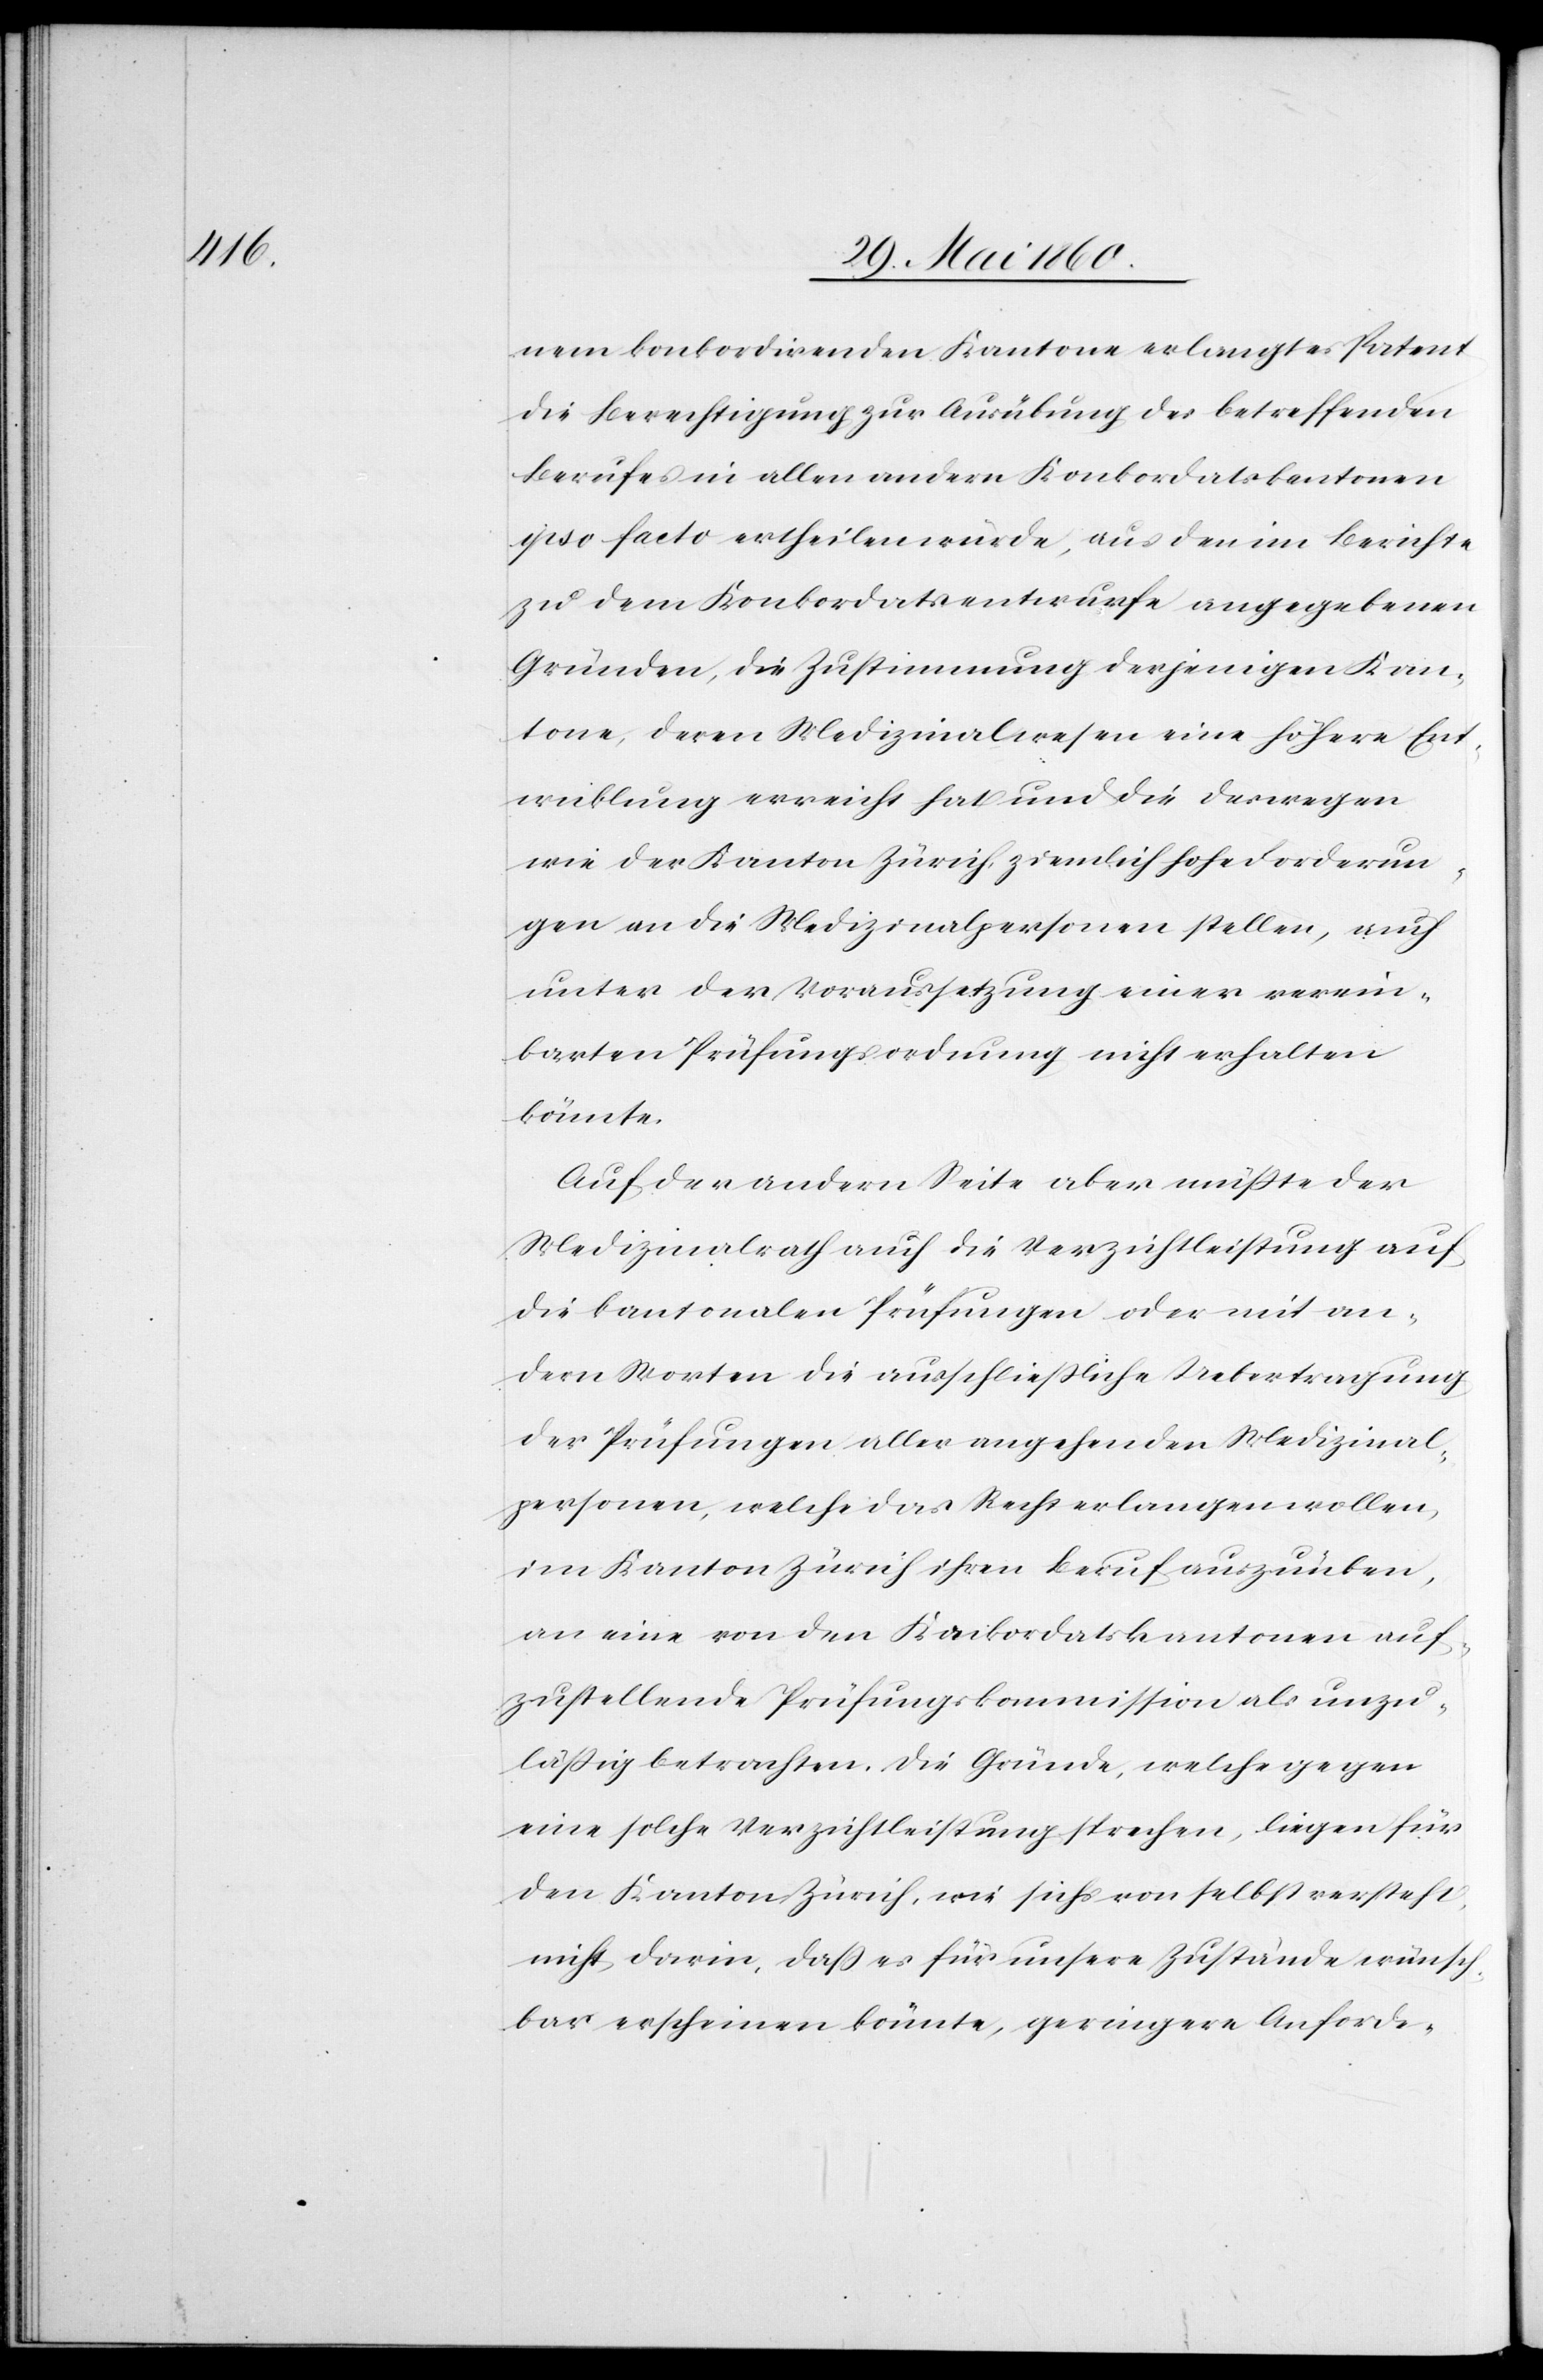
nem konkordirenden Kantone erlangtes Patent
die Berechtigung zur Ausübung des betreffenden
Berufes in allen andern Konkordatskantonen
ipso facto ertheilen würde, aus den im Berichte
zu dem Konkordatsentwurfe angegebenen
Gründen, die Zustimmung derjenigen Kan¬
tone, deren Medizinalwesen eine höhere Ent¬
wicklung erreicht hat und die deswegen
wie der Kanton Zürich, ziemlich hohe Forderun¬
gen an die Medizinalpersonen stellen, auch
unter der Voraussetzung einer verän¬
derten Prüfungsordnung nicht erhalten
könnte.
Auf der andern Seite aber müsste der
Medizinalrath auch die Verzichtleistung auf
die kantonalen Prüfungen oder mit an¬
dern Worten die ausschliessliche Uebertragung
der Prüfungen aller angehenden Medizinal¬
personen, welche das Recht erlangen wollen,
im Kanton Zürich ihren Beruf auszuüben,
an eine von den Konkordatskantonen auf¬
zustellende Prüfungskommission als unzu¬
lässig betrachten. Die Gründe, welche gegen
eine solche Verzichtleistung sprechen, liegen für
den Kanton Zürich, wie sichs von selbst versteht,
nicht darin, dass es für unsere Zustände wünsch¬
bar erscheinen könnte, geringere Anforde-